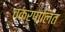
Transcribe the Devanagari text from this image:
चक्रपालित